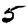
Digit: 5